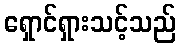
ရှောင်ရှားသင့်သည်